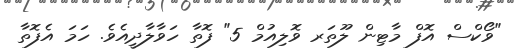
"ވޯކްސް އޮފް މާޓިން ލޫތަރ ވޮލިއުމް 5" ފޮތާ ހަވާލާދީއެވެ. ހަމަ އެފޮތާ